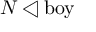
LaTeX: N \triangleleft { \mathrm { b o y } }